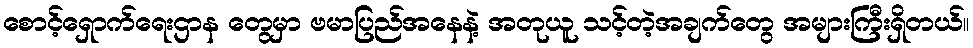
စောင့်ရှောက်ရေးဌာန တွေမှာ ဗမာပြည်အနေနဲ့ အတုယူ သင့်တဲ့အချက်တွေ အများကြီးရှိတယ်။